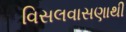
વિસલવાસણાથી